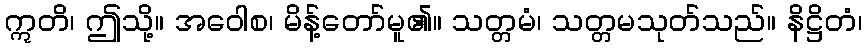
ဣတိ၊ ဤသို့။ အဝေါစ၊ မိန့်တော်မူ၏။ သတ္တမံ၊ သတ္တမသုတ်သည်။ နိဋ္ဌိတံ၊